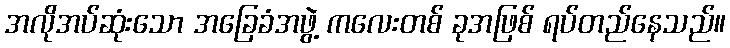
အလိုအပ်ဆုံးသော အခြေခံအဖွဲ့ ကလေးတစ် ခုအဖြစ် ရပ်တည်နေသည်။